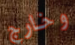
وخارج